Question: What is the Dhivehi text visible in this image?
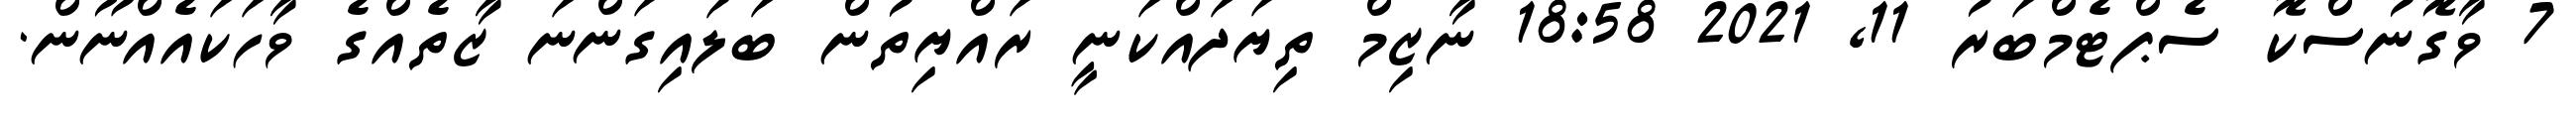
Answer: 7 ވާގޮނުސްކޮ ސެޕްޓެމްބަރު 11, 2021 18:58 ނާޒިމް ތިޔަދައްކަނީ ރައްޔިތުން ބަލައިގަންނަ ޒާތެއްގެ ވާހަކައެއްނޫން.